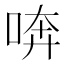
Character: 喯